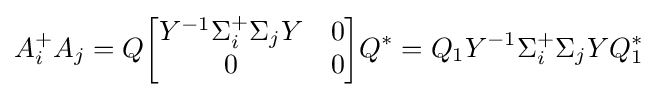
A_{i}^{+}A_{j}=Q{\begin{bmatrix}Y^{-1}\Sigma _{i}^{+}\Sigma _{j}Y&0\\0&0\end{bmatrix}}Q^{*}=Q_{1}Y^{-1}\Sigma _{i}^{+}\Sigma _{j}YQ_{1}^{*}